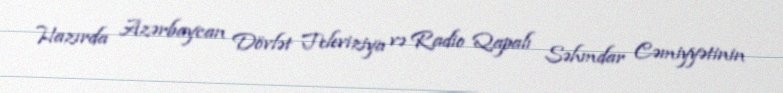
Hazırda Azərbaycan Dövlət Televiziya və Radio Qapalı Səhmdar Cəmiyyətinin